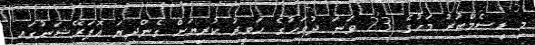
މި ޑިސެމްބަރު މަހުގެ 23 ވަނަ ދުވަހުގެ ހަވީރު ކުރިޔަށް ގެންދިޔަ އޮޕަރޭޝަނުގައި